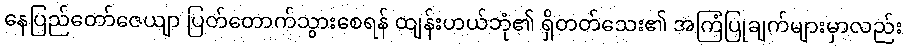
နေပြည်တော်ဇေယျာ ပြတ်တောက်သွားစေရန် ထျန်းဟယ်ဘုံ၏ ရှိတတ်သေး၏ အကြံပြုချက်များမှာလည်း